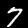
Digit: 7